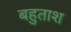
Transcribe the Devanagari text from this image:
बहुताश